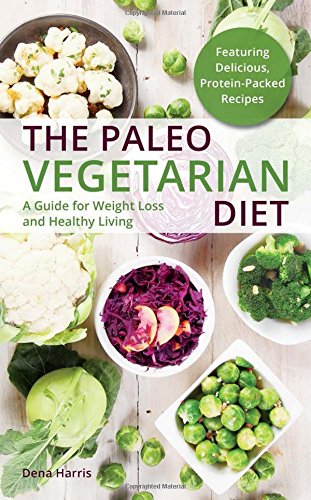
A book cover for The Paleo Vegetarian Diet: A Guide For Weight Loss And Healthy Living; Dena Harris; Cookbooks, Food & Wine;